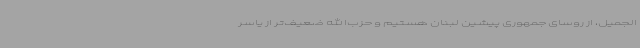
الجمیل، از روسای جمهوری پیشین لبنان هستیم و حزب‌الله ضعیف‌تر از یاسر